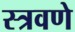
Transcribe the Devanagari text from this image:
स्त्रवणे